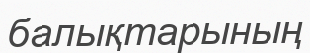
балықтарының